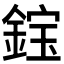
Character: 𫒭